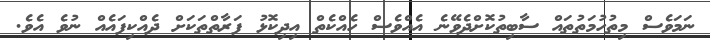
ނަމަވެސް މިތުހުމަތުތައް ސާބިތުކޮށްދެވޭނެ އެއްވެސް ހެއްކެތް އިދިކޮޅު ފަރާތްތަކަށް ދެއްކިފައެއް ނުވެ އެވެ.